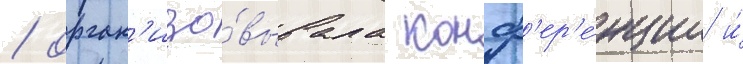
/ орган'изо́вывала конф'ер'е́нции и́